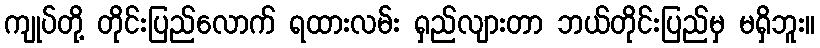
ကျုပ်တို့ တိုင်းပြည်လောက် ရထားလမ်း ရှည်လျားတာ ဘယ်တိုင်းပြည်မှ မရှိဘူး။